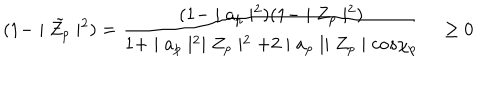
( 1 - \mid { \tilde { Z _ { p } } } \mid ^ { 2 } ) = \frac { ( 1 - \mid a _ { p } \mid ^ { 2 } ) ( 1 - \mid Z _ { p } \mid ^ { 2 } ) } { 1 + \mid a _ { p } \mid ^ { 2 } \mid Z _ { p } \mid ^ { 2 } + 2 \mid a _ { p } \mid \mid Z _ { p } \mid c o s \chi _ { p } } \quad \geq 0